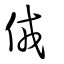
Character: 𠈋